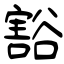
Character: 豁